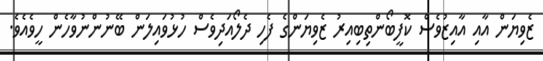
ޒެވިޔަން އާއި އާއިޒުވެސް ކޮފީބޯންތިބިއިރު ޒެވިޔަންގެ ފެހި ދެލޯއަދިވެސް ހުޅުވައިލަން ބޭނުންނުވާހެން ހީވެއެވެ.